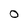
Character: O